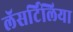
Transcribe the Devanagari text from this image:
लॅसर्टिलिया